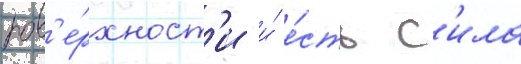
пов'е́рхност'и и́ е́сть с'ила